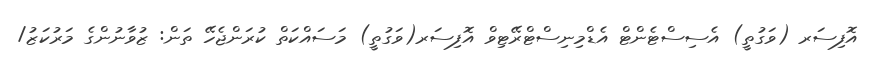
އޮފިސަރ (ވަގުތީ) އެސިސްޓެންޓް އެޑްމިނިސްޓްރޭޓިވް އޮފިސަރ(ވަގުތީ) މަސައްކަތް ކުރަންޖެހޭ ތަން: ޒުވާނުންގެ މަރުކަޒު/